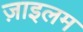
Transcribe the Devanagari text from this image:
ज़ाइलम